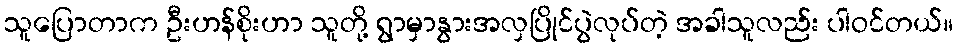
သူပြောတာက ဦးဟန်စိုးဟာ သူတို့ ရွာမှာနွားအလှပြိုင်ပွဲလုပ်တဲ့ အခါသူလည်း ပါဝင်တယ်။